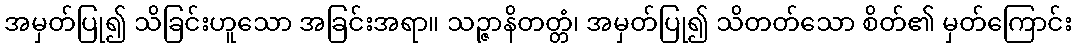
အမှတ်ပြု၍ သိခြင်းဟူသော အခြင်းအရာ။ သဉ္ဇာနိတတ္တံ၊ အမှတ်ပြု၍ သိတတ်သော စိတ်၏ မှတ်ကြောင်း